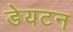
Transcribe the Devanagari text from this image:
डेयटन